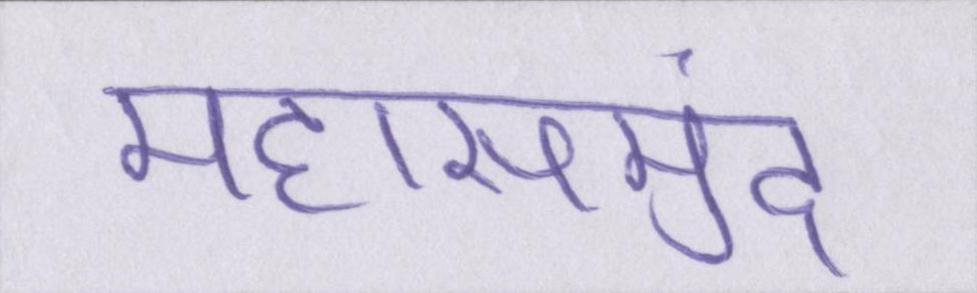
महासमुंद